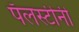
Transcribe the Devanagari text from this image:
पॅलस्टीनी